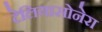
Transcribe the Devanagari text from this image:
टेलियासोनेरा